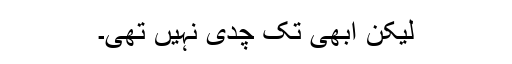
لیکن ابھی تک چدی نہیں تھی۔